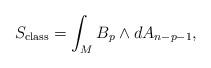
LaTeX: \begin{align*}S_{{\rm class}} = \int_{M} B_{p}\wedge dA_{n-p-1},\end{align*}